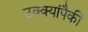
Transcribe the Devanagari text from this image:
टक्क्यांपैकी